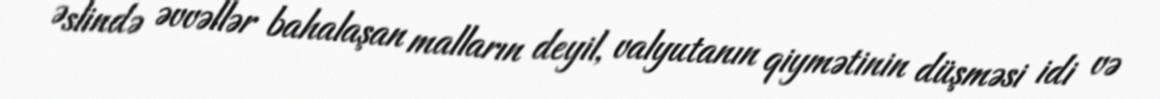
Əslində əvvəllər bahalaşan malların deyil, valyutanın qiymətinin düşməsi idi və